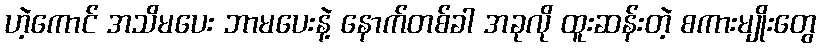
ဟဲ့ကောင် အသိမပေး ဘာမပေးနဲ့ နောက်တစ်ခါ အခုလို ထူးဆန်းတဲ့ စကားမျိုးတွေ